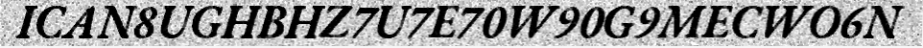
ICAN8UGHBHZ7U7E70W90G9MECWO6N